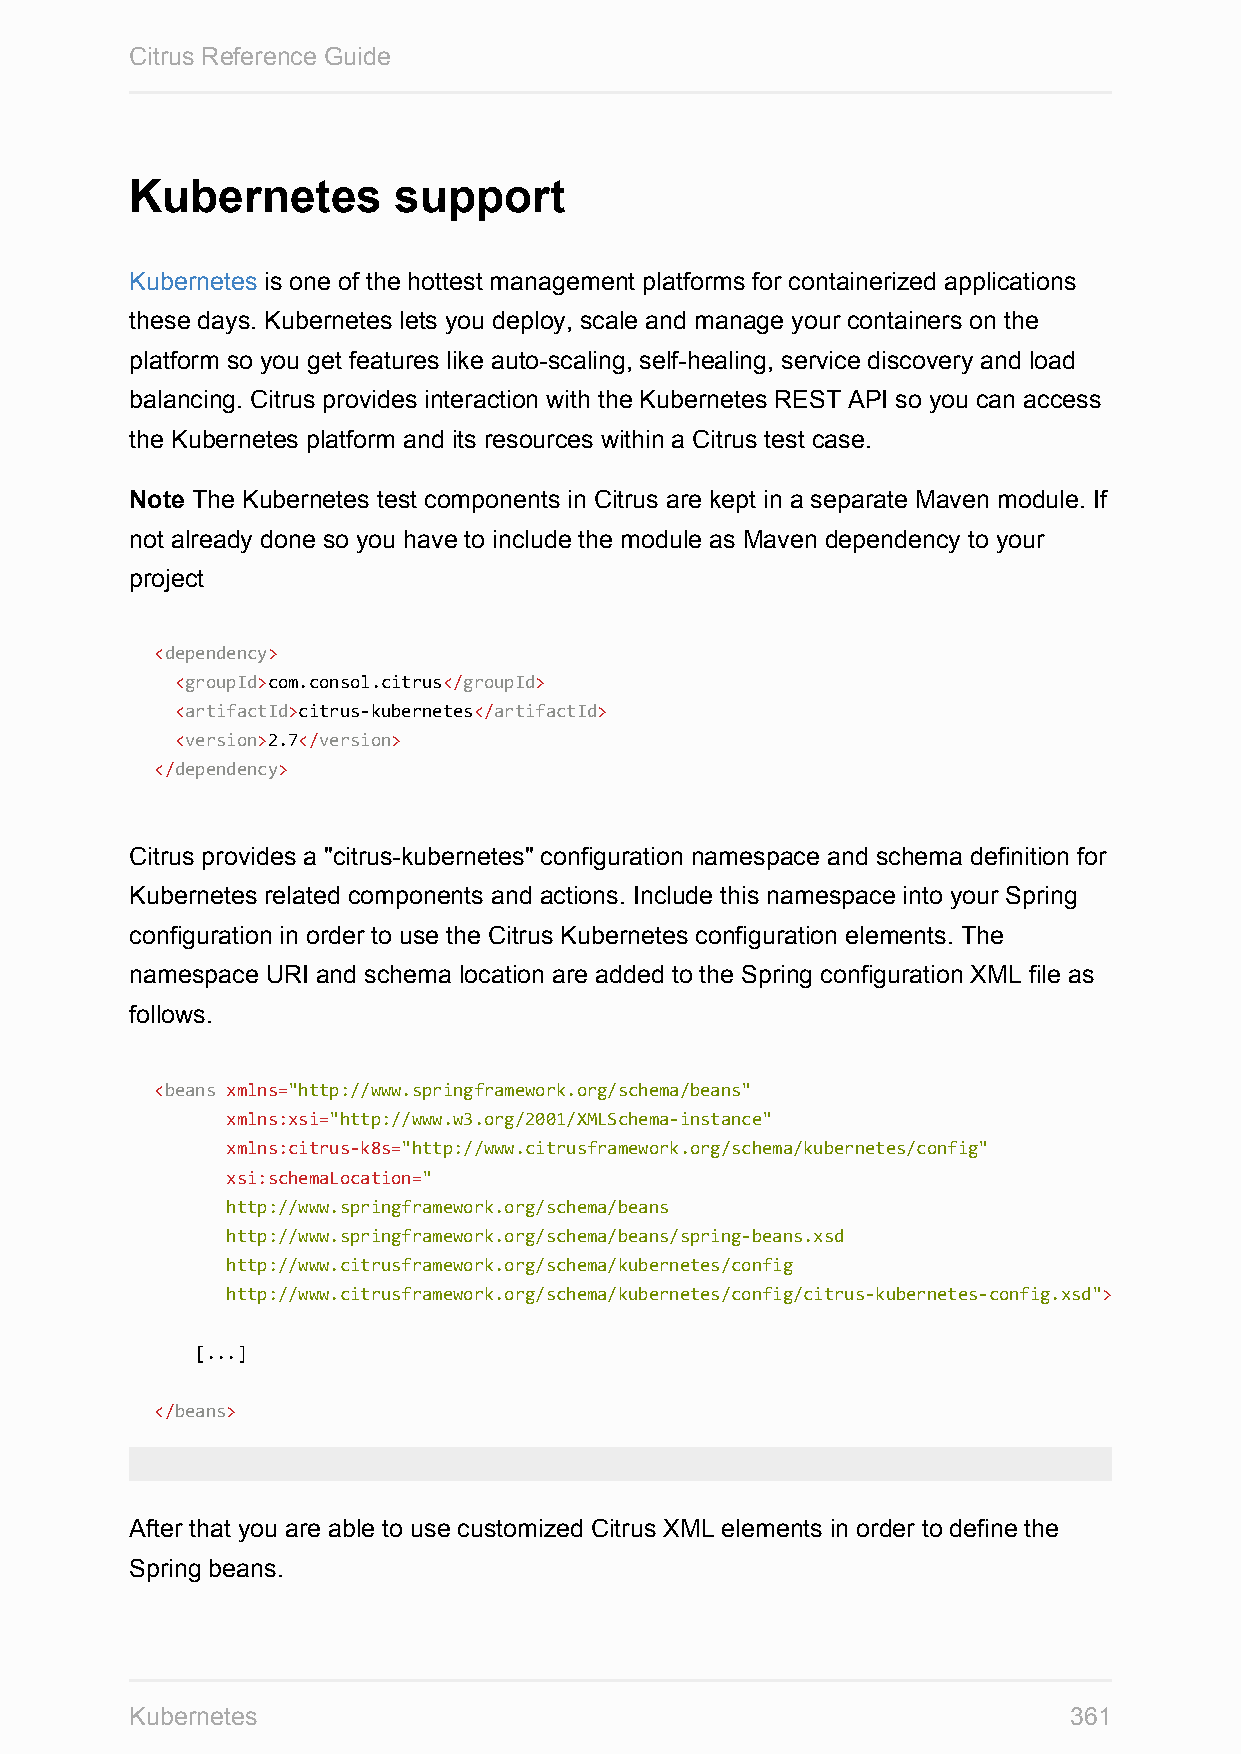
Citrus Reference Guide
 Kubernetes       support
 Kubernetes is one of the hottest management platforms for containerized applications
 these days. Kubernetes lets you deploy, scale and manage your containers on the
 platform so you get features like auto-scaling, self-healing, service discovery and load
 balancing. Citrus provides interaction with the Kubernetes REST API so you can access
 the Kubernetes platform and its resources within a Citrus test case.
 Note The Kubernetes test components in Citrus are kept in a separate Maven module. If
 not already done so you have to include the module as Maven dependency to your
 project
 <dependency>
 <groupId>com.consol.citrus</groupId>
 <artifactId>citrus-kubernetes</artifactId>
 <version>2.7</version>
 </dependency>
 Citrus provides a "citrus-kubernetes" configuration namespace and schema definition for
 Kubernetes related components and actions. Include this namespace into your Spring
 configuration in order to use the Citrus Kubernetes configuration elements. The
 namespace URI and schema location are added to the Spring configuration XML file as
 follows.
 <beans xmlns="http://www.springframework.org/schema/beans"
 xmlns:xsi="http://www.w3.org/2001/XMLSchema-instance"
 xmlns:citrus-k8s="http://www.citrusframework.org/schema/kubernetes/config"
 xsi:schemaLocation="
 http://www.springframework.org/schema/beans
 http://www.springframework.org/schema/beans/spring-beans.xsd
 http://www.citrusframework.org/schema/kubernetes/config
 http://www.citrusframework.org/schema/kubernetes/config/citrus-kubernetes-config.xsd">
 [...]
 </beans>
 After that you are able to use customized Citrus XML elements in order to define the
 Spring beans.
 Kubernetes                                                    361